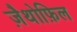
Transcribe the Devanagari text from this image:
ज़ैथोफ़िल